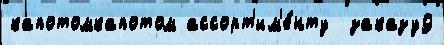
капотомкапотом ассорт'им'е́нту  заказу9